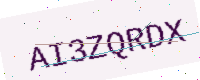
Text: AI3ZQRDX